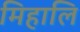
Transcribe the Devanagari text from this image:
मिहालि